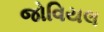
જોવિયલ